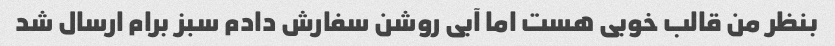
بنظر من قالب خوبی هست اما آبی روشن سفارش دادم سبز برام ارسال شد